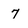
Character: 7